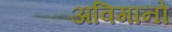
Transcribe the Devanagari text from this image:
अविगानों